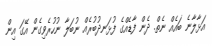
އަޅާލާނެ ބައެއް ނެތް. ދެން ފާޑެއްގެ ފުޅަނދުބުރެއް ނުބަލާ ނުހުރެވިގެން އޭގަ އިން